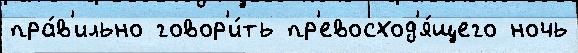
пра́в'ильно говор'и́ть пр'евосход'я́щего ночь